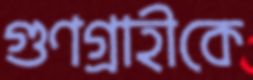
গুণগ্রাহীকে